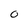
Character: 0